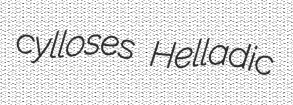
cylloses Helladic